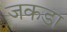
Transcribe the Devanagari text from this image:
जकडा